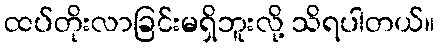
ထပ်တိုးလာခြင်းမရှိဘူးလို့ သိရပါတယ်။